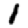
Digit: 1